Civil Veterinary Department. Madras. Admin. report 1910-25 - 1910-1925
Year: 1910
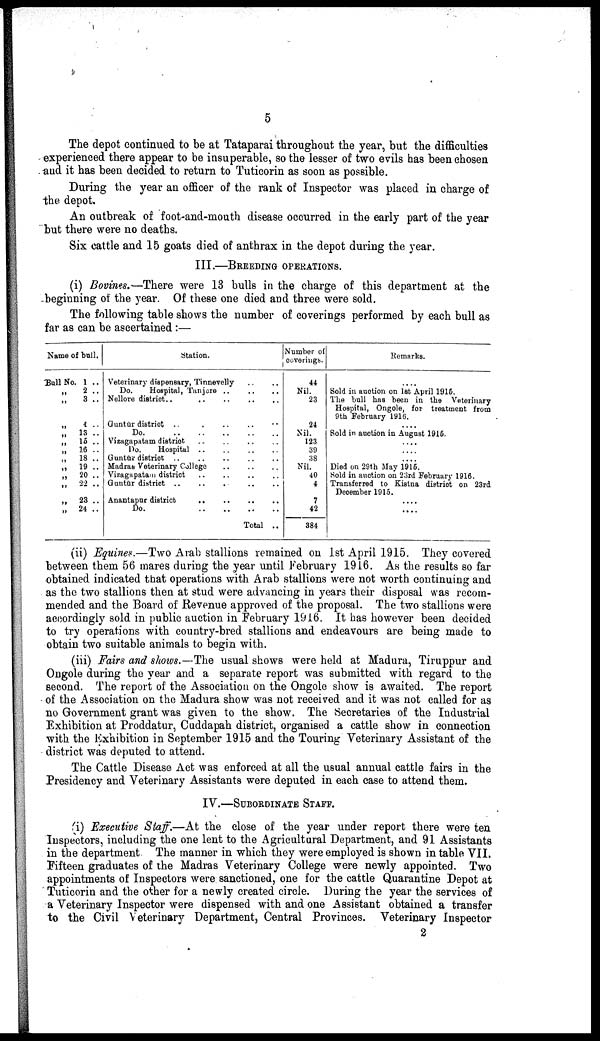
5
The depot continued to be at Tataparai throughout the year, but the difficulties
experienced there appear to be insuperable, so the lesser of two evils has been chosen
and it has been decided to return to Tuticorin as soon as possible.
During the year an officer of the rank of Inspector was placed in charge of
the depot.
An outbreak of foot-and-mouth disease occurred in the early part of the year
but there were no deaths.
Six cattle and 15 goats died of anthrax in the depot during the year.
III.—BREEDING OPERATIONS.
(i) Bovines.—There were 13 bulls in the charge of this department at the
beginning of the year. Of these one died and three were sold.
The following table shows the number of coverings performed by each bull as
far as can be ascertained:—
Name of bull.
Bull No. 1 ..
„
2 ..
„
3 ..
„ 4 ..
„
13 ..
„
15 ..
„ 16 ..
„
18 ..
„
19 ..
„ 20 ..
„
22 ..
„
23 ..
„ 24 ..
Station.
Veterinary dispensary, Tinnevelly .. ..
Do.
Hospital, Tanjore .. .. ..
Nellore district.. .. .. .. ..
Guntūr district ..
..
..
..
..
Do.
..
..
..
..
..
Vizagapatam district .. .. .. ..
Do.
Hospital
..
..
..
..
Guntūr district .. .. .. .. ..
Madras Veterinary College
..
..
..
Vizagapatam district
..
..
..
..
Guntūr district .. .. .. .. ..
Anantapur district .. .. .. ..
Do.
..
..
..
..
Total ..
Number of
coverings.
44
Nil.
23
24
Nil.
123
39
38
Nil.
40
4
7
42
384
Remarks.
....
Sold in auction on let April 1915.
The ball has been in the Veterinary
Hospital, Ongole, for treatment from
9th February 1916. ....
Sold in auction in August 1915.
....
....
....
Died on 29th May 1915.
Sold in auction on 23rd February 1916.
Transferred to Kistna district on 23rd
December 1915. ....
....
(ii) Equines.—Two Arab stallions remained on 1st April 1915. They covered
between them 56 mares during the year until February 1916. As the results so far
obtained indicated that operations with Arab stallions were not worth continuing and
as the two stallions then at stud were advancing in years their disposal was recom
mended and the Board of Revenue approved of the proposal. The two stallions were
accordingly sold in public auction in February 1916. It has however been decided
to try operations with country-bred stallions and endeavours are being made to
obtain two suitable animals to begin with.
(iii) Fairs and shows.—The usual shows were held at Madura, Tiruppur and
Ongole during the year and a separate report was submitted with regard to the
second. The report of the Association on the Ongole show is awaited. The report
of the Association on the Madura show was not received and it was not called for as
no Government grant was given to the show. The Secretaries of the Industrial
Exhibition at Proddatur, Cuddapah district, organised a cattle show in connection
with the Exhibition in September 1915 and the Touring Veterinary Assistant of the
district was deputed to attend.
The Cattle Disease Act was enforced at all the usual annual cattle fairs in the
Presidency and Veterinary Assistants were deputed in each case to attend them.
IV.—SUBORDINATE STAFF.
(i) Executive Staff.—At the close of the year under report there were ten
Inspectors, including the one lent to the Agricultural Department, and 91 Assistants
in the department The manner in which they were employed is shown in table VII.
Fifteen graduates of the Madras Veterinary College were newly appointed. Two
appointments of Inspectors were sanctioned, one for the cattle Quarantine Depot at
Tuticorin and the other for a newly created circle. During the year the services of
a Veterinary Inspector were dispensed with and one Assistant obtained a transfer
to the Civil Veterinary Department, Central Provinces. Veterinary Inspector
2